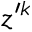
z ^ { \prime k }